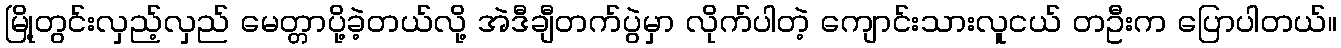
မြို့တွင်းလှည့်လှည် မေတ္တာပို့ခဲ့တယ်လို့ အဲဒီချီတက်ပွဲမှာ လိုက်ပါတဲ့ ကျောင်းသားလူငယ် တဦးက ပြောပါတယ်။